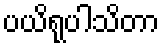
ပယိရုပါသိတာ